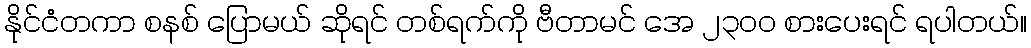
နိုင်ငံတကာ စနစ် ပြောမယ် ဆိုရင် တစ်ရက်ကို ဗီတာမင် အေ ၂၃၀၀ စားပေးရင် ရပါတယ်။